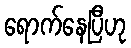
ရောက်နေပြီဟု